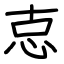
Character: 怘